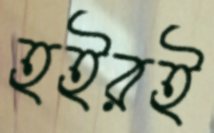
হইরই